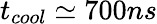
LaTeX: t_{cool}\simeq 700ns